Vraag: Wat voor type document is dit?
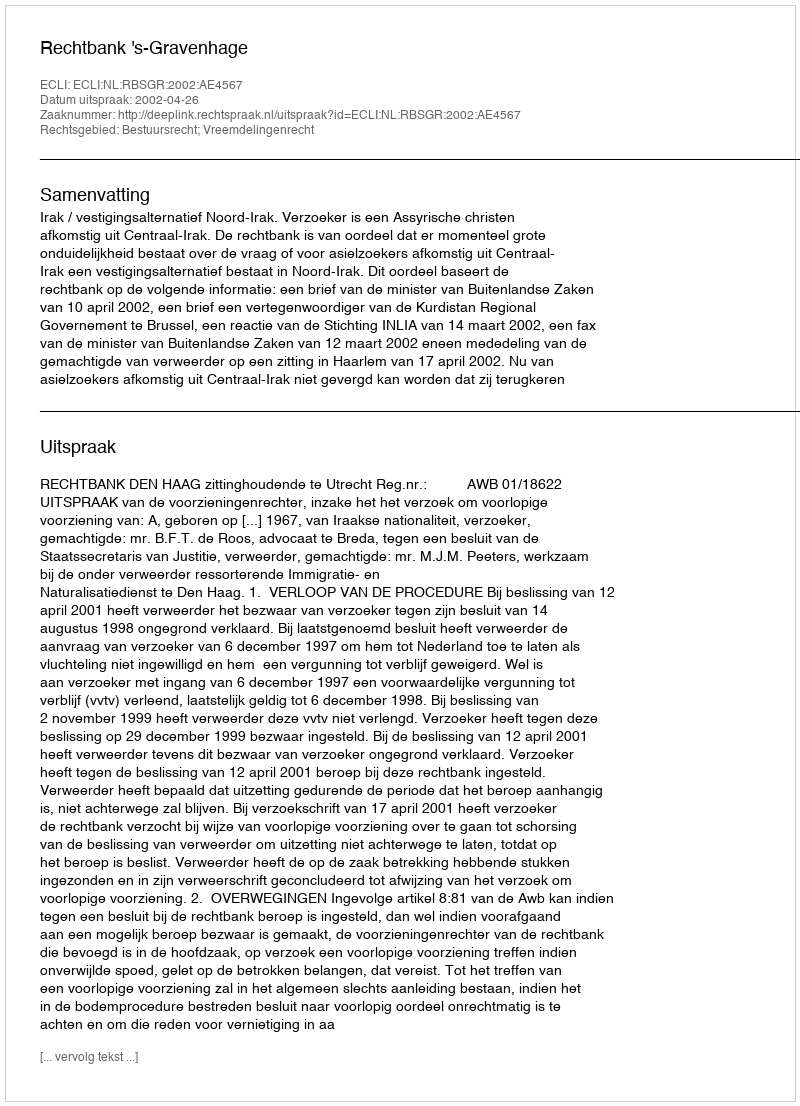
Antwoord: Uitspraak